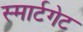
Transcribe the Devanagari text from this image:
स्मार्टगेट